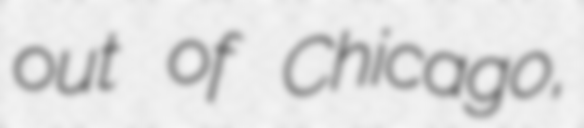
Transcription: out of Chicago,